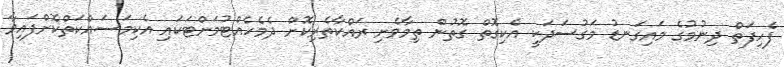
ފެހިފަތް ދިނުމުގެ މައިގަނޑު މަގުސަދަކީ އެކިގޮތް ގޮތުން ތިމާވެށި ރައްކާތެރިކޮށް ދެމެހެއްޓުމަށްޓަކައި އެކިމަސައްކަތްކޮށްފައިވާ